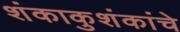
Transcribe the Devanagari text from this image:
शंकाकुशंकांचे